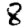
Digit: 8